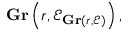
\mathbf { G r } \left( r , { \mathcal { E } } _ { \mathbf { G r } ( r , { \mathcal { E } } ) } \right) ,